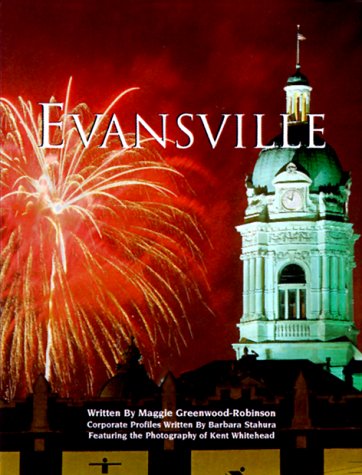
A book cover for Evansville, Indiana; Community Communications; Travel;